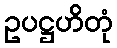
ဥပဋ္ဌဟိတုံ